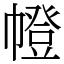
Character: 㡠